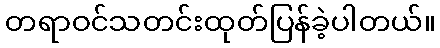
တရာဝင်သတင်းထုတ်ပြန်ခဲ့ပါတယ်။